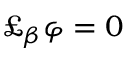
\pounds _ { \beta } \varphi = 0